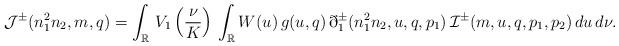
LaTeX: \begin{align*}\mathcal{J}^{\pm}(n^2_1n_2,m,q) = \displaystyle\int_{\mathbb{R}}\,V_1\left(\frac{\nu}{K}\right)\, \displaystyle\int_{\mathbb{R}} W(u)\,g(u,q)\,\eth_1^{\pm}(n^2_1n_2,u,q,p_1)\,\mathcal{I}^{\pm} (m,u,q,p_1,p_2)\,du\,d\nu.\end{align*}